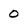
Character: 0